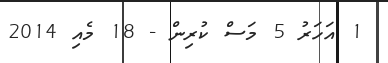
1 އަހަރު 5 މަސް ކުރިން - 18 މެއި 2014